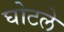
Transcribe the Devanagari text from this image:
घोटले